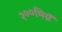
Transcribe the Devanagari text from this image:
२००मिग्रॅ